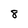
Character: 8